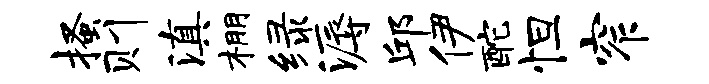
搔则滇棚绿溽邱伊酡怛窄